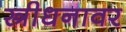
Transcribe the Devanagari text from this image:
स्त्रीधनावर